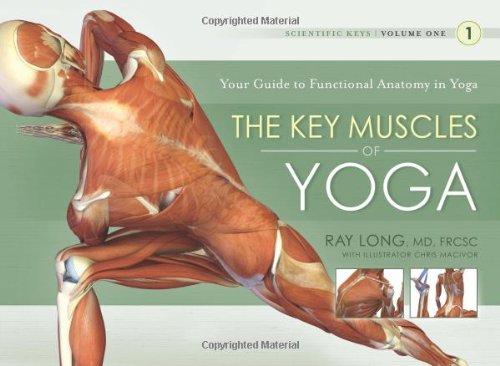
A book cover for The Key Muscles of Yoga: Scientific Keys, Volume I; Ray Long; Science & Math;